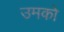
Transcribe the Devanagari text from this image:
उमको